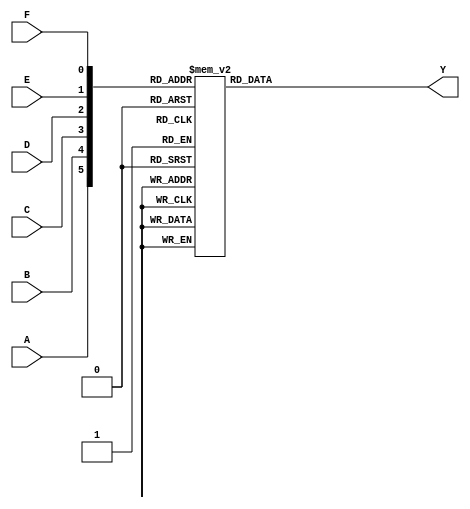
module kmap_6var (
    input wire A, // Input variable A
    input wire B, // Input variable B
    input wire C, // Input variable C
    input wire D, // Input variable D
    input wire E, // Input variable E
    input wire F, // Input variable F
    output reg Y  // Output variable Y
);

// Combinational logic to determine output Y based on K-map
always @(*) begin
    case ({A, B, C, D, E, F})
        // Fill in the minterms based on the K-map grouping
        6'b000000: Y = 1; // minterm 0
        6'b000001: Y = 0; // minterm 1
        6'b000011: Y = 1; // minterm 3
        6'b000010: Y = 1; // minterm 2
        6'b000110: Y = 1; // minterm 6
        6'b000111: Y = 1; // minterm 7
        6'b001111: Y = 1; // minterm 15
        6'b001110: Y = 0; // minterm 14
        6'b001101: Y = 1; // minterm 13
        6'b001100: Y = 0; // minterm 12
        6'b011111: Y = 1; // minterm 31
        6'b011110: Y = 1; // minterm 30
        6'b011101: Y = 1; // minterm 29
        6'b011100: Y = 0; // minterm 28
        6'b010111: Y = 1; // minterm 23
        6'b010110: Y = 1; // minterm 22
        6'b010101: Y = 1; // minterm 21
        6'b010100: Y = 0; // minterm 20
        6'b110111: Y = 1; // minterm 63
        6'b110110: Y = 1; // minterm 62
        6'b110101: Y = 1; // minterm 61
        6'b110100: Y = 0; // minterm 60
        6'b101111: Y = 1; // minterm 47
        6'b101110: Y = 1; // minterm 46
        6'b101101: Y = 1; // minterm 45
        6'b101100: Y = 0; // minterm 44
        6'b111111: Y = 1; // minterm 63
        6'b111110: Y = 1; // minterm 62
        6'b111101: Y = 1; // minterm 61
        6'b111100: Y = 0; // minterm 60
        // Add more cases as needed based on the K-map
        default: Y = 0; // Default case
    endcase
end

endmodule